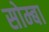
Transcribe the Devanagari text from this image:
सोम्बा